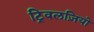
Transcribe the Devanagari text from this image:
ट्रिवलज़ियो